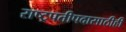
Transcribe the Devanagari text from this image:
राष्ट्रपतीपदासाठीही